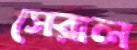
সেরাল